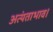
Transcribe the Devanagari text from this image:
अत्यंताभाव।